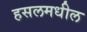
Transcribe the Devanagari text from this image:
हसलमधील